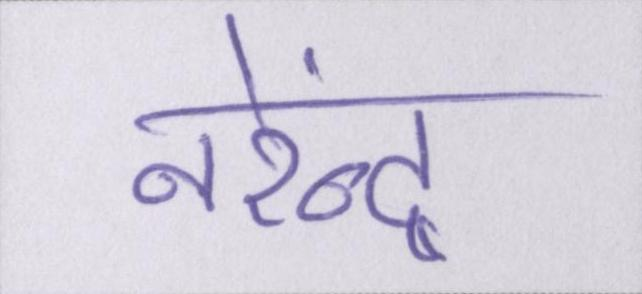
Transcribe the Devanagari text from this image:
नरेंन्द्र